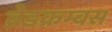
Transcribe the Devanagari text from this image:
ब्रेडक्रम्बस